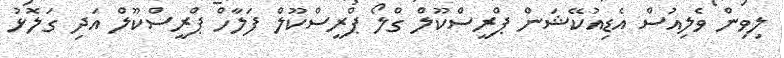
ލިވިން ވެލިއުސް އެޑިއުކޭޝަން ޕްރީސްކޫލް ގްލޯ ޕްރީސްކޫލް ފަލާހް ޕްރީސްކޫލް އަދި ގަލޮޅު